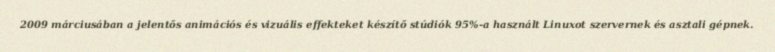
2009 márciusában a jelentős animációs és vizuális effekteket készítő stúdiók 95%-a használt Linuxot szervernek és asztali gépnek.